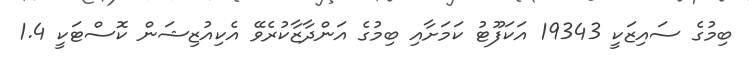
ބިމުގެ ސައިޒަކީ 19343 އަކަފޫޓު ކަމަށާއި ބިމުގެ އަންދާޒާކުރެވޭ އެކިއުޒިޝަން ކޮސްޓަކީ 1.4